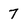
Character: 7